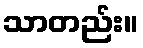
သာတည်း။